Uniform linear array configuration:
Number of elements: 12
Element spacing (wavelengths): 1
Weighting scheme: kaiser
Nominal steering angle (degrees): -30
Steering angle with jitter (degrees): -30.1
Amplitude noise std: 0.05
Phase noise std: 0.05

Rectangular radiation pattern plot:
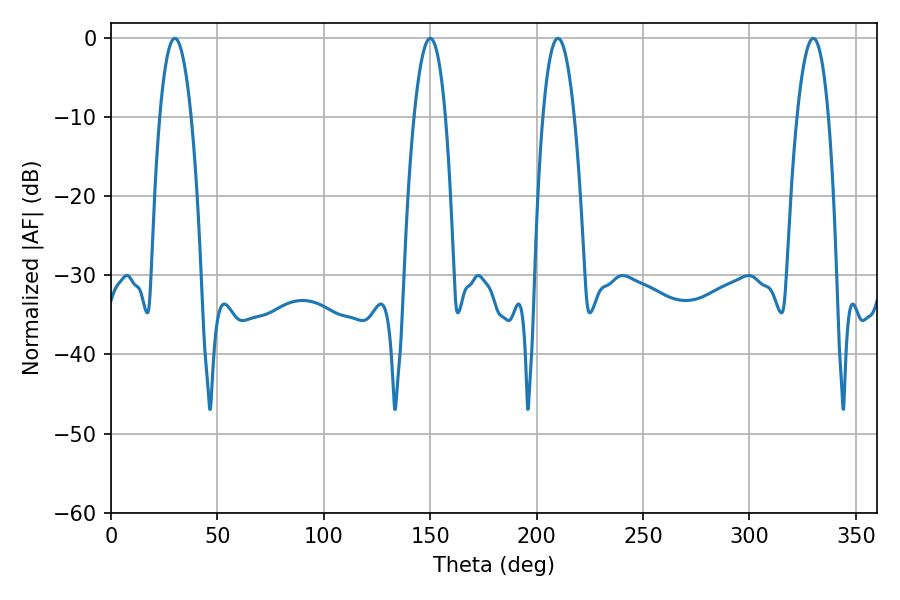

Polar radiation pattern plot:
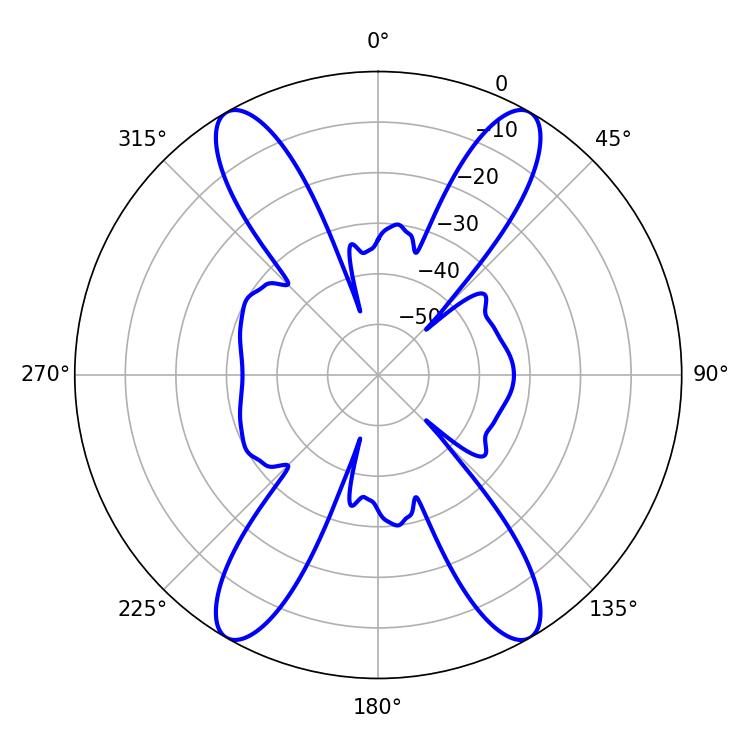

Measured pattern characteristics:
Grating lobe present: TRUE
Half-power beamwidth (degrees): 8.1
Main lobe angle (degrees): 210.06